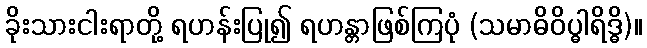
ခိုးသားငါးရာတို့ ရဟန်းပြု၍ ရဟန္တာဖြစ်ကြပုံ (သမာဓိဝိပ္ဓါရိဒ္ဓိ)။